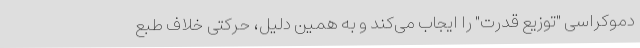
دموکراسی "توزیع قدرت" را ایجاب می‌کند و به همین دلیل، حرکتی خلاف طبع